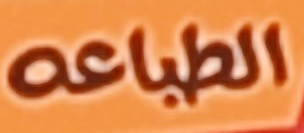
الطباعه